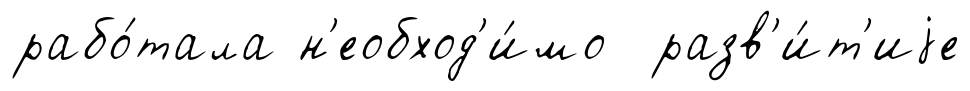
рабо́тала н'еобход'и́мо разв'и́т'иjе